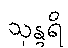
သုန္ဒရိ